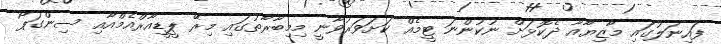
ފައިނަލުގައި މާޒިޔާއާ ދެކޮޅަށް ނުކުންނަ ޓީމެއް ކަށަވަރުވާނީ މިމިބާރާތުގައި މިރޭ ޕީޑީއާރްއެމްއާއި ސިންގަޕޯ